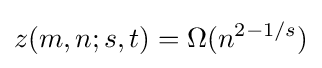
z(m,n;s,t)=\Omega (n^{2-1/s})